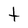
Character: t